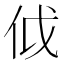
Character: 𠇘